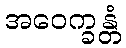
အဝေက္ခန္တံ